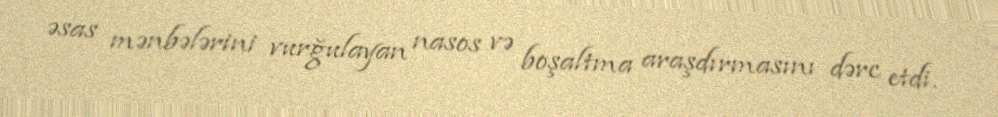
əsas mənbələrini vurğulayan nasos və boşaltma araşdırmasını dərc etdi.